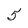
Character: 5